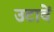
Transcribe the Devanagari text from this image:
उटावें